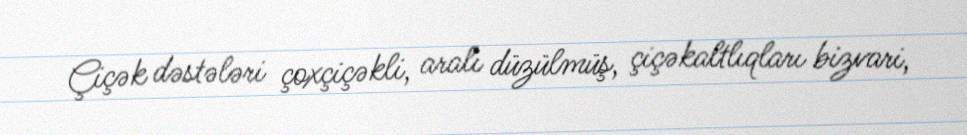
Çiçək dəstələri çoxçiçəkli, aralı düzülmüş, çiçəkaltlıqları bizvari,